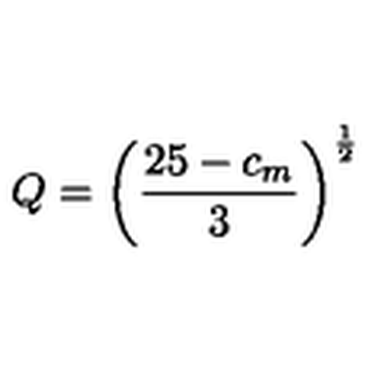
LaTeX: Q = \left( { \frac { 2 5 - c _ { m } } { 3 } } \right) ^ { \frac 1 2 }